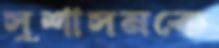
সুশাসনকে